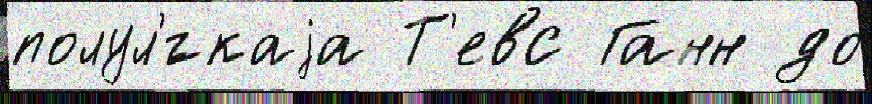
полул'́гкаjа Т'евс Ганн до